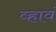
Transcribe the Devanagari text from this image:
व्‍हावं